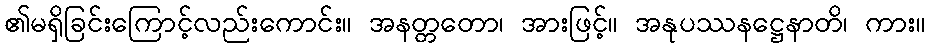
၏မရှိခြင်းကြောင့်လည်းကောင်း။ အနတ္တတော၊ အားဖြင့်။ အနုပဿနဋ္ဌေနာတိ၊ ကား။